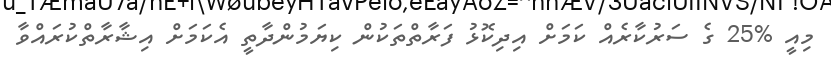
މިއީ %25 ގެ ސަރުކާރެއް ކަމަށް އިދިކޮޅު ފަރާތްތަކުން ކިޔަމުންދާތީ އެކަމަށް އިޝާރާތްކުރައްވާ